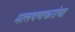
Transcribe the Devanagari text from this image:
मालवणकरांचा